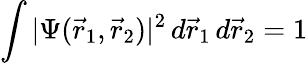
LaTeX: \int|\Psi(\vec{r}_{1},\vec{r}_{2})|^{2}\, d\vec{r}_{1}\, d\vec{r}_{2}=1